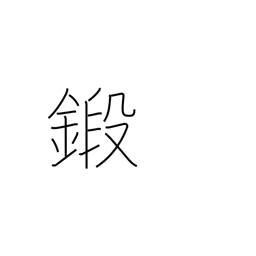
Meaning: train